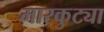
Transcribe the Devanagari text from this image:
मारकुट्या